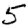
Digit: 5